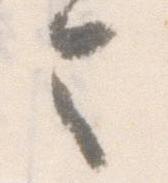
令